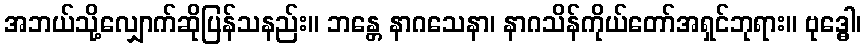
အဘယ်သို့လျှောက်ဆိုပြန်သနည်း။ ဘန္တေ နာဂသေနာ၊ နာဂသိန်ကိုယ်တော်အရှင်ဘုရား။ ဗုဒ္ဓေါ၊